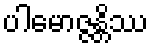
ပါမောဇ္ဇန္တိဿ